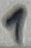
Text: 1